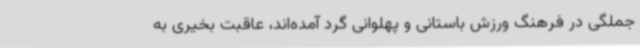
جملگی در فرهنگ ورزش باستانی و پهلوانی گرد آمده‌اند، عاقبت بخیری به